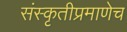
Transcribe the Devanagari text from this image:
संस्कृतीप्रमाणेच